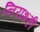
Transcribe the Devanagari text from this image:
निराशही